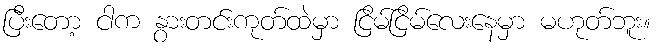
ပြီးတော့ ငါက နွားတင်းကုတ်ထဲမှာ ငြိမ်ငြိမ်လေးနေမှာ မဟုတ်ဘူး။